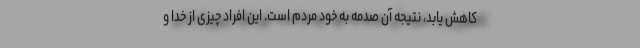
کاهش یابد، نتیجه آن صدمه به خود مردم است. این افراد چیزی از خدا و